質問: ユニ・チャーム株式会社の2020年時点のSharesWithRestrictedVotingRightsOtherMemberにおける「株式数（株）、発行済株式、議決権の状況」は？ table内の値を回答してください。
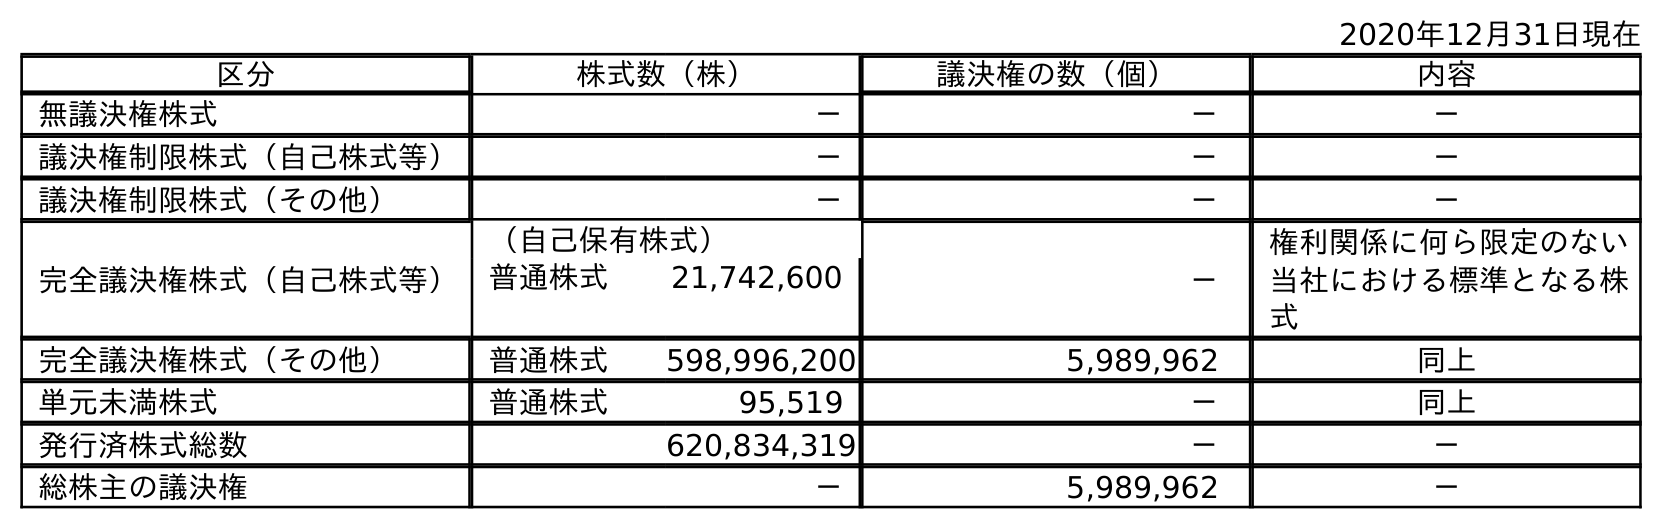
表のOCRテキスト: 2020年12月31日現在 区分 株式数（株） 議決権の数（個） 内容 無議決権株式 － － － 議決権制限株式（自己株式等） － － － 議決権制限株式（その他） － － － 完全議決権株式（自己株式等） （自己保有株式） － 権利関係に何ら限定のない 当社における標準となる株 式 普通株式 21,742,600 完全議決権株式（その他） 普通株式 598,996,200 5,989,962 同上 単元未満株式 普通株式 95,519 － 同上 発行済株式総数 620,834,319 － － 総株主の議決権 － 5,989,962 －
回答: －